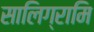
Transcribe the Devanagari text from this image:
सालिग्रामि